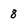
Character: 8